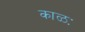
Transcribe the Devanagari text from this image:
काळः